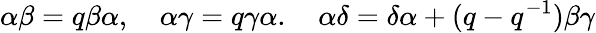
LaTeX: \alpha\beta=q\beta\alpha,\quad\alpha\gamma=q\gamma\alpha.\quad\alpha\delta=\delta\alpha+(q-q^{-1})\beta\gamma